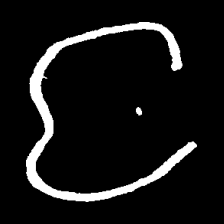
Pyu character \u2014 Myanmar letter: င (romanized: nga)